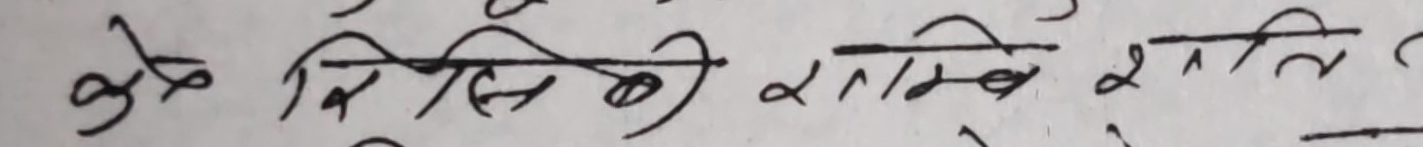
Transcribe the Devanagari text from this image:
के कसै लागि शक्ति ?